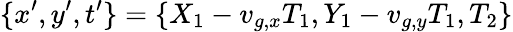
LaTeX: \{ x^{\prime},y^{\prime},t^{\prime}\} =\{ X_{1}-v_{g,x}T_{1},Y_{1}-v_{g,y}T_{1},T_{2}\}